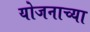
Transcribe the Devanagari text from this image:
योजनाच्या